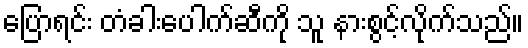
ပြောရင်း တံခါးပေါက်ဆီကို သူ နားစွင့်လိုက်သည်။